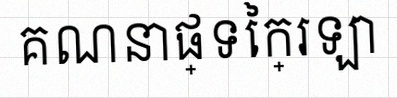
គណនាផ្ទៃក្រឡា